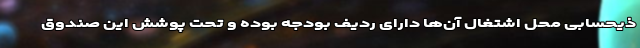
ذیحسابی محل اشتغال آن‌ها دارای ردیف بودجه بوده و تحت پوشش این صندوق